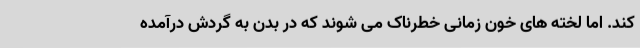
کند. اما لخته های خون زمانی خطرناک می شوند که در بدن به گردش درآمده